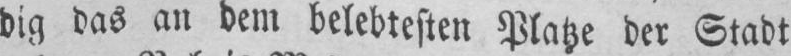
dig das an dem belebtesten Platze der Stadt